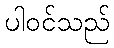
ပါဝင်သည်